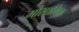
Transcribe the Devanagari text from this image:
मौसामिक